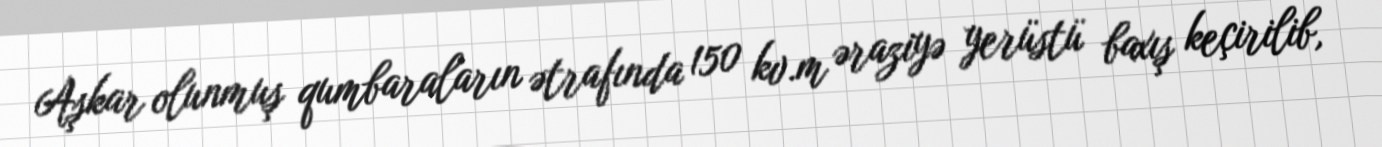
Aşkar olunmuş qumbaraların ətrafında 150 kv.m əraziyə yerüstü baxış keçirilib,